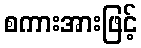
စကားအားဖြင့်